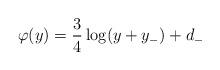
LaTeX: \begin{align*}\varphi (y)=\frac{3}{4}\log (y+y_{-})+d_{-}\end{align*}